Civil Veterinary Department. Madras. Admin. report 1926-33 - 1926-1933
Year: 1926
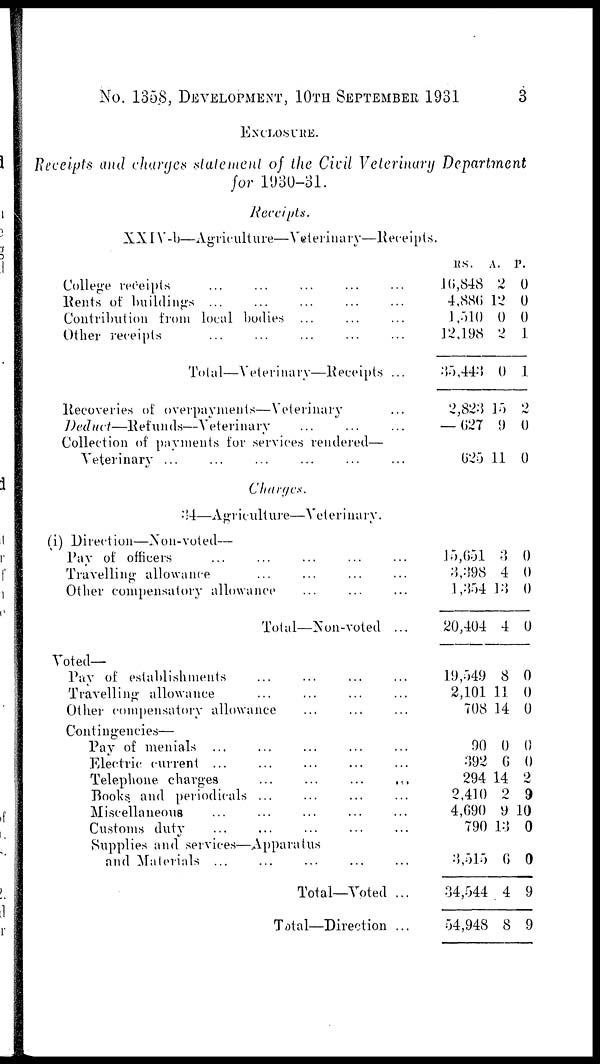
No. 1358, DEVELOPMENT, 10TH SEPTEMBER 1931
3
ENCLOSURE.
Receipts and charges statement of the Civil Veterinary Department
for 1030-31.
Receipts.
XXIV.-b—Agriculture—Veterinary—Receipts.
College receipts
...
...
...
...
Bents of buildings
...
...
...
...
...
Contribution from local bodies
...
...
...
Other receipts
...
...
...
...
...
Total—Veterinary—Receipts ...
Recoveries of overpayments—Veterinary ..
Deduct—Refunds—Veterinary
...
...
...
Collection of payments for services rendered—
Veterinary
...
...
...
...
...
...
RS.
16,848
4,886
1,510
12,198
35,443
2,823
— 627
625
A.
2
12
0
2
0
15
9
11
P.
0
0
0
1
1
2
0
0
Charges.
34—Agriculture—Veterinary.
(i) Direction—Non-voted—
Pay of officers
...
...
...
...
Travelling allowance
Other compensatory allowance
Total—Non-voted ...
Voted—
Pay of establishments
...
...
...
Travelling allowance
...
...
...
...
Other compensatory allowance ... ... ...
Contingencies—
Pay of menials
...
...
...
...
...
Electric current
...
...
...
...
...
Telephone charges
...
...
...
...
Books and periodicals
...
...
...
Miscellaneous
...
...
...
...
Customs duty
...
...
...
...
Supplies and services—Apparatus
and Materials
...
...
...
...
...
Total—Voted ...
Total—Direction ...
15,651
3,398
1,354
20,404
19,549
2,101
708
90
392
294
2,410
4,690
790
3,015
34,544
54,948
3
4
13
4
8
11
14
0
6
14
2
9
13
6
4
8
0
0
0
0
0
0
0
0
0
2
9
10
0
0
9
9